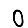
Digit: 0